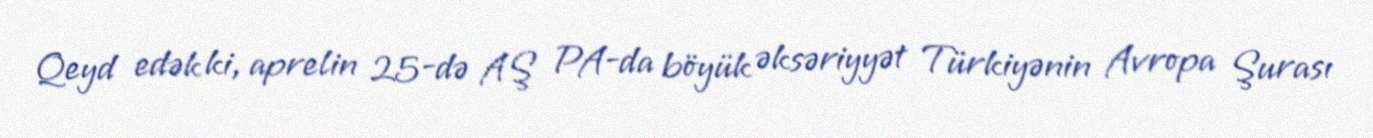
Qeyd edək ki, aprelin 25-də AŞ PA-da böyük əksəriyyət Türkiyənin Avropa Şurası